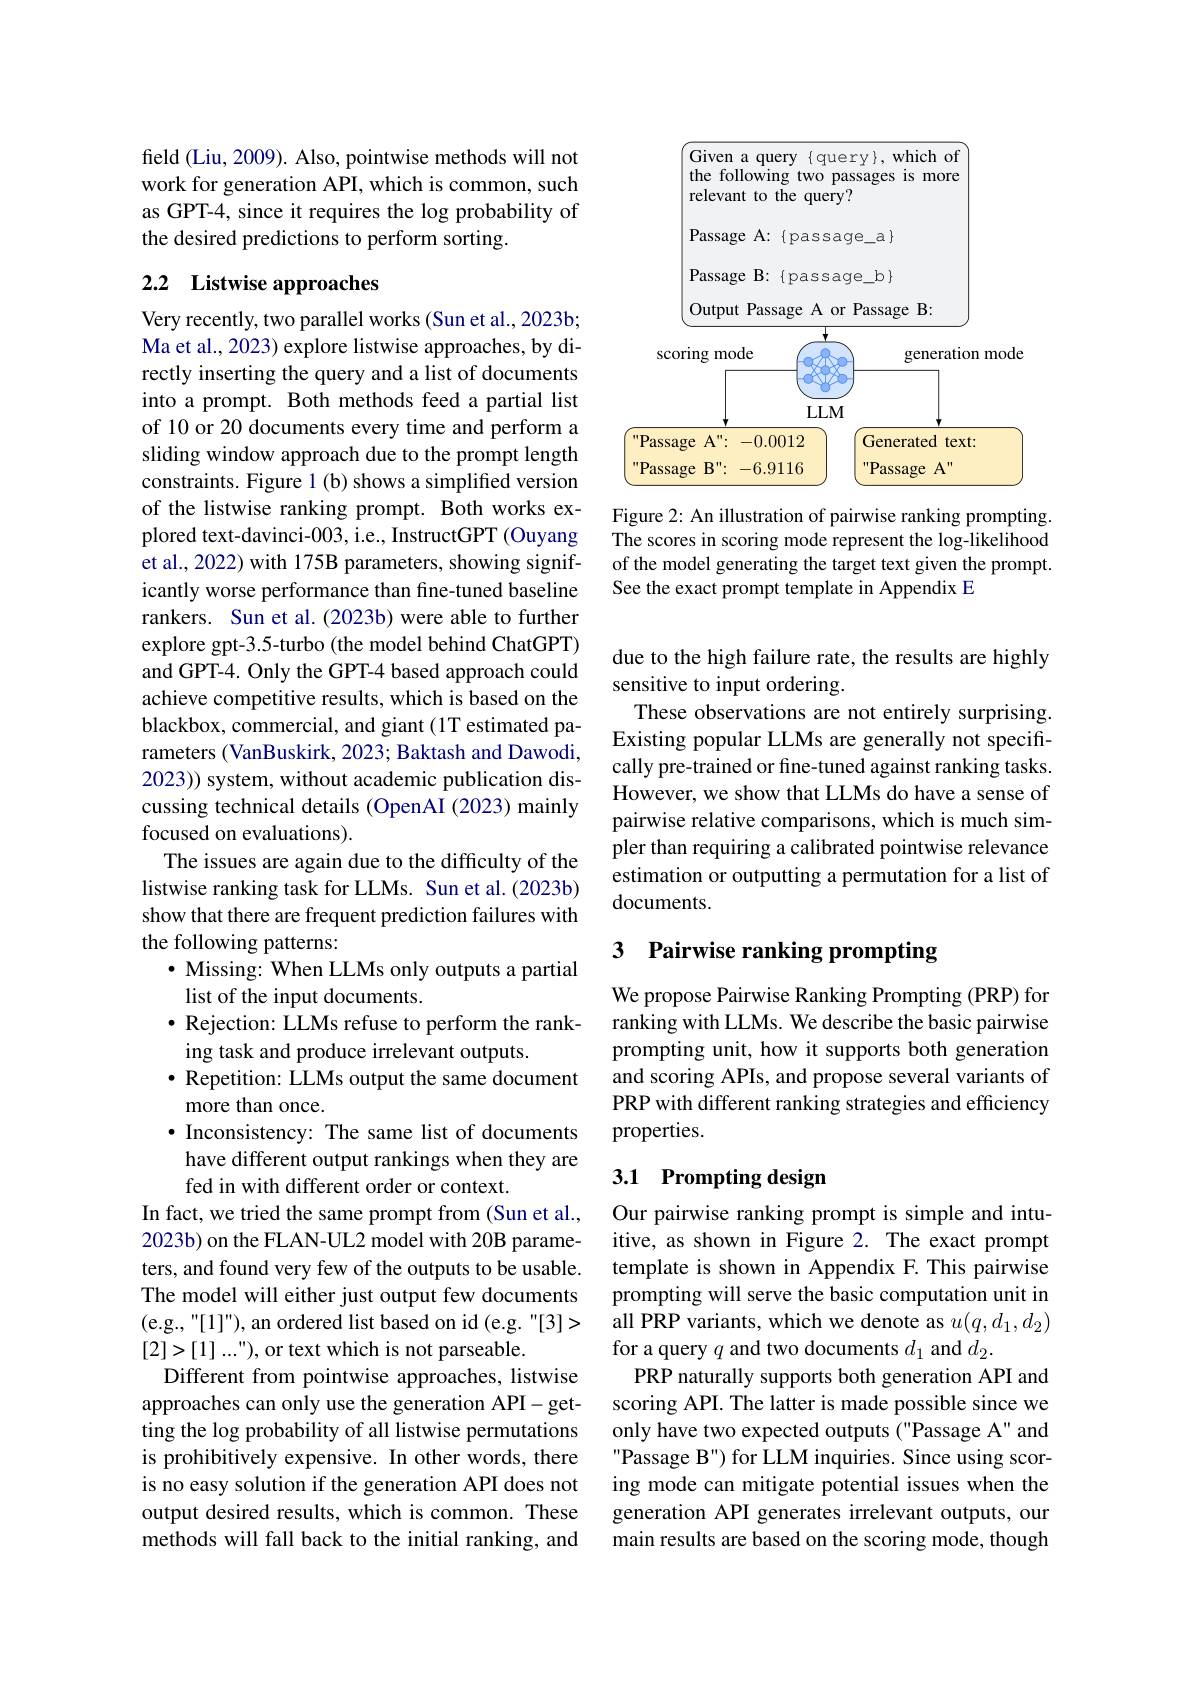
field (Liu, 2009). Also, pointwise methods will not work for generation API, which is common, such as GPT-4, since it requires the log probability of the desired predictions to perform sorting.

## 2.2 Listwise approaches

Very recently, two parallel works (Sun et al., 2023b; Ma et al., 2023) explore listwise approaches, by directly inserting the query and a list of documents into a prompt. Both methods feed a partial list of 10 or 20 documents every time and perform a sliding window approach due to the prompt length constraints. Figure 1 (b) shows a simplified version of the listwise ranking prompt. Both works explored text-davinci-003, i.e., InstructGPT (Ouyang et al., 2022) with 175B parameters, showing significantly worse performance than fine-tuned baseline rankers. Sun et al.(2023b) were able to further explore gpt-3.5-turbo (the model behind ChatGPT) and GPT-4. Only the GPT-4 based approach could achieve competitive results, which is based on the blackbox, commercial, and giant (1T estimated parameters (VanBuskirk, 2023; Baktash and Dawodi, 2023)) system, without academic publication discussing technical details (OpenAI (2023) mainly focused on evaluations).
The issues are again due to the difficulty of the listwise ranking task for LLMs. Sun et al.(2023b) show that there are frequent prediction failures with the following patterns:
· Missing: When LLMs only outputs a partial
list of the input documents.
$\bullet$ Rejection: LLMs refuse to perform the rank-
ing task and produce irrelevant outputs.
$\bullet$ Repetition: LLMs output the same document
more than once.
$\bullet$ Inconsistency: The same list of documents have different output rankings when they are fed in with different order or context.
In fact, we tried the same prompt from (Sun et al., 2023b) on the FLAN-UL2 model with 20B parameters, and found very few of the outputs to be usable. The model will either just output few documents (e.g., "[1]"), an ordered list based on id (e.g. "[3]> $[2]>[1]...")$,or text which is not parseable.
Different from pointwise approaches, listwise approaches can only use the generation API-getting the log probability of all listwise permutations is prohibitively expensive. In other words, there is no easy solution if the generation API does not output desired results, which is common. These methods will fall back to the initial ranking, and

<FigureHere>

Figure 2: An illustration of pairwise ranking prompting. The scores in scoring mode represent the log-likelihood of the model generating the target text given the prompt. See the exact prompt template in Appendix E

due to the high failure rate, the results are highly
sensitive to input ordering.
These observations are not entirely surprising. Existing popular LLMs are generally not specifically pre-trained or fine-tuned against ranking tasks. However, we show that LLMs do have a sense of pairwise relative comparisons, which is much simpler than requiring a calibrated pointwise relevance estimation or outputting a permutation for a list of documents.

# 3 Pairwise ranking prompting

We propose Pairwise Ranking Prompting (PRP) for ranking with LLMs. We describe the basic pairwise prompting unit, how it supports both generation and scoring APIs, and propose several variants of PRP with different ranking strategies and efficiency properties.

## 3.1 Prompting design

Our pairwise ranking prompt is simple and intuitive, as shown in Figure 2. The exact prompt template is shown in Appendix F. This pairwise prompting will serve the basic computation unit in all PRP variants, which we denote as $u(q,d_1,d_2)$ for a query $q$ and two documents $d_1$ and $d_2.$
PRP naturally supports both generation API and scoring API. The latter is made possible since we only have two expected outputs ("Passage A" and Passage B") for LLM inquiries. Since using scoring mode can mitigate potential issues when the generation API generates irrelevant outputs, our main results are based on the scoring mode, though